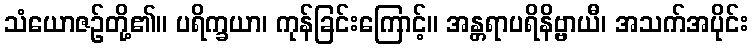
သံယောဇဉ်တို့၏။ ပရိက္ခယာ၊ ကုန်ခြင်းကြောင့်။ အန္တရာပရိနိဗ္ဗာယီ၊ အသက်အပိုင်း